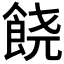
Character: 𲋘